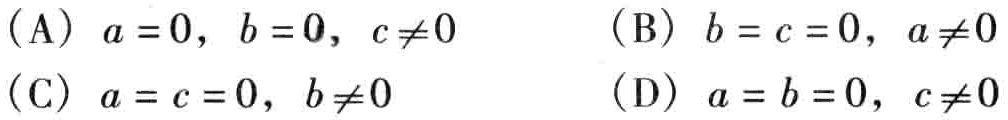
(A) \(a = 0,\ b = 0,\ c\neq0\)  (B) \(b = c = 0,\ a\neq0\)

(C) \(a = c = 0,\ b\neq0\)  (D) \(a = b = 0,\ c\neq0\)